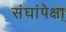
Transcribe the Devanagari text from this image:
संघांपेक्षा